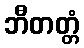
ဘီတတ္တံ